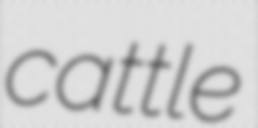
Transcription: cattle